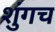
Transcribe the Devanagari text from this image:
शुंगच